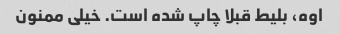
اوه، بلیط قبلا چاپ شده است. خیلی ممنون